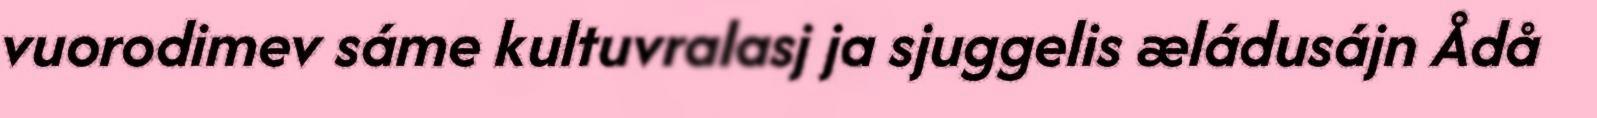
vuorodimev sáme kultuvralasj ja sjuggelis æládusájn Ådå